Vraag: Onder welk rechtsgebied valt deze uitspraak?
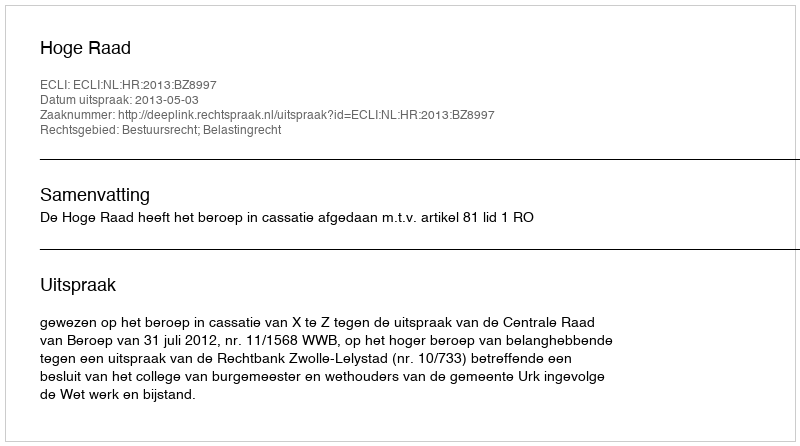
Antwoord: Bestuursrecht; Belastingrecht